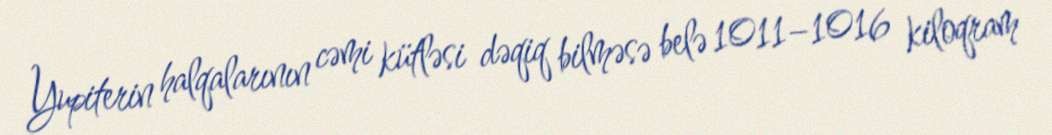
Yupiterin halqalarının cəmi kütləsi dəqiq bilməsə belə 1011−1016 kiloqram